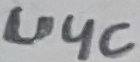
Text: U4c